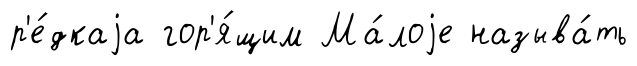
р'е́дкаjа гор'я́щим Ма́лоjе называ́ть